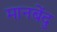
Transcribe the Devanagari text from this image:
मानबेंदु